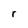
Character: r